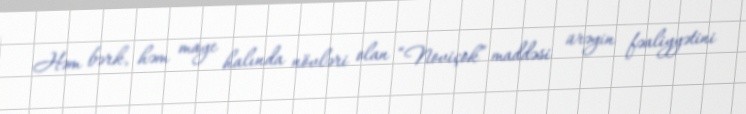
Həm bərk, həm maye halında növləri olan “Noviçok” maddəsi ürəyin fəaliyyətini